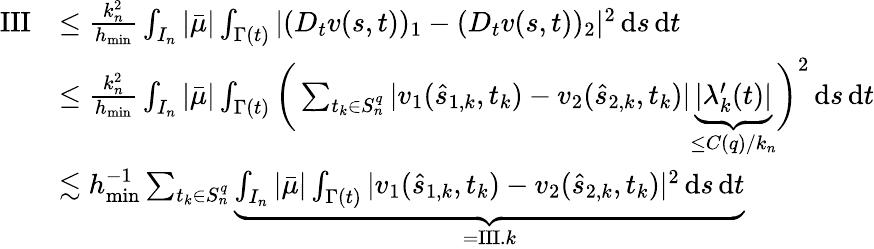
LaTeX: \begin{array}{rl}{\mathrm{III}}&{\leq\frac{k_{n}^{2}}{h_{\mathrm{min}}}\int_{I_{n}}|\bar{\mu}|\int_{\Gamma(t)}|(D_{t}v(s,t))_{1}-(D_{t}v(s,t))_{2}|^{2}\, \mathrm{d}s\, \mathrm{d}t}\\ &{\leq\frac{k_{n}^{2}}{h_{\mathrm{min}}}\int_{I_{n}}|\bar{\mu}|\int_{\Gamma(t)}\bigg(\sum_{t_{k}\in S_{n}^{q}}|v_{1}(\hat{s}_{1,k},t_{k})-v_{2}(\hat{s}_{2,k},t_{k})|\underbrace{|\lambda_{k}^{\prime}(t)|}_{\leq C(q)/k_{n}}\bigg)^{2}\, \mathrm{d}s\, \mathrm{d}t}\\ &{\lesssim h_{\mathrm{min}}^{-1}\sum_{t_{k}\in S_{n}^{q}}\underbrace{\int_{I_{n}}|\bar{\mu}|\int_{\Gamma(t)}|v_{1}(\hat{s}_{1,k},t_{k})-v_{2}(\hat{s}_{2,k},t_{k})|^{2}\, \mathrm{d}s\, \mathrm{d}t}_{=\mathrm{III}.k}}\end{array}